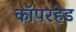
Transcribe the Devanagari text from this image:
कॉपरहेड